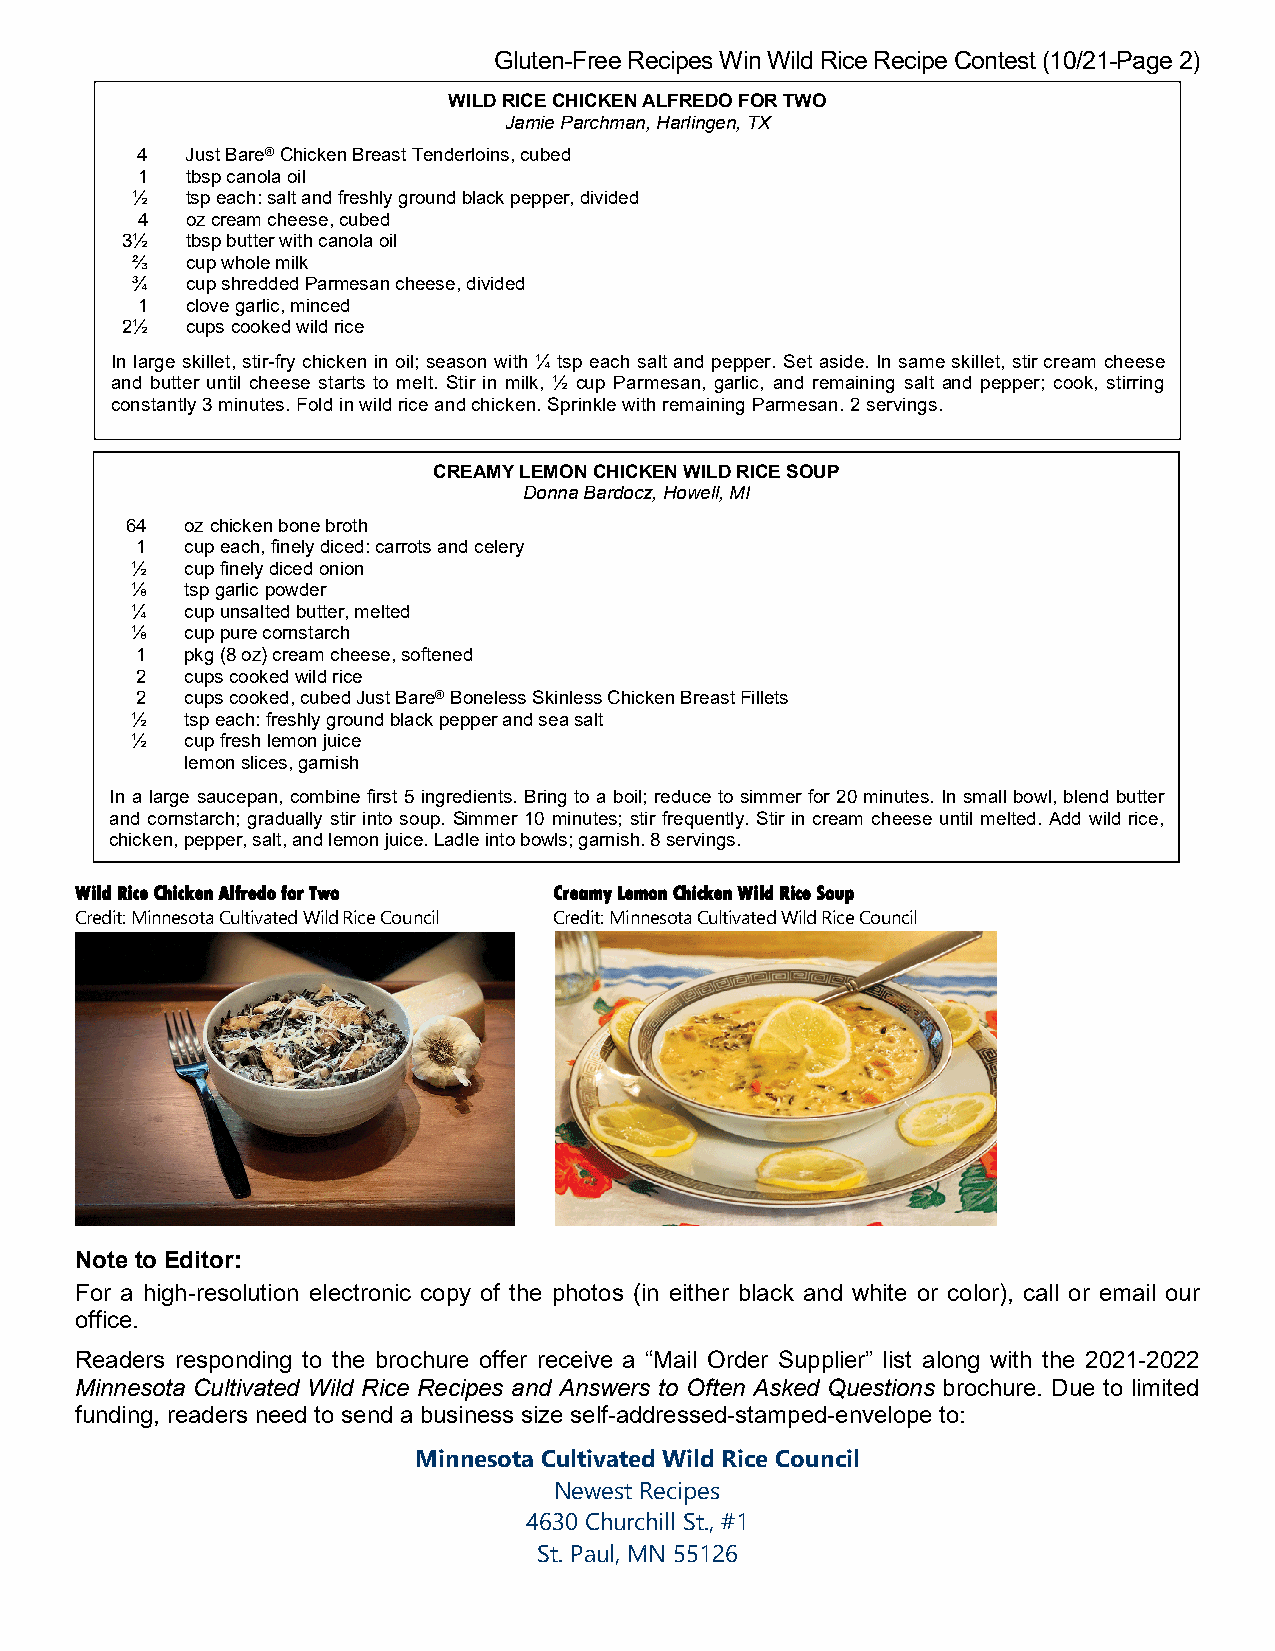
Gluten-Free Recipes Win Wild Rice Recipe Contest (10/21-Page 2)
 WILD RICE CHICKEN ALFREDO FOR TWO
 Jamie Parchman, Harlingen, TX
 4  Just Bare® Chicken Breast Tenderloins, cubed
 1  tbsp canola oil
 ½  tsp each: salt and freshly ground black pepper, divided
 4  oz cream cheese, cubed
 3½  tbsp butter with canola oil
 ⅔  cup whole milk
 ¾  cup shredded Parmesan cheese, divided
 1  clove garlic, minced
 2½  cups cooked wild rice
 In large skillet, stir-fry chicken in oil; season with ¼ tsp each salt and pepper. Set aside. In same skillet, stir cream cheese
 and butter until cheese starts to melt. Stir in milk, ½ cup Parmesan, garlic, and remaining salt and pepper; cook, stirring
 constantly 3 minutes. Fold in wild rice and chicken. Sprinkle with remaining Parmesan. 2 servings.
 CREAMY LEMON CHICKEN WILD RICE SOUP
 Donna Bardocz, Howell, MI
 64  oz chicken bone broth
 1  cup each, finely diced: carrots and celery
 ½  cup finely diced onion
 ⅛  tsp garlic powder
 ¼  cup unsalted butter, melted
 ⅛  cup pure cornstarch
 1  pkg (8 oz) cream cheese, softened
 2  cups cooked wild rice
 2  cups cooked, cubed Just Bare® Boneless Skinless Chicken Breast Fillets
 ½  tsp each: freshly ground black pepper and sea salt
 ½  cup fresh lemon juice
 lemon slices, garnish
 In a large saucepan, combine first 5 ingredients. Bring to a boil; reduce to simmer for 20 minutes. In small bowl, blend butter
 and cornstarch; gradually stir into soup. Simmer 10 minutes; stir frequently. Stir in cream cheese until melted. Add wild rice,
 chicken, pepper, salt, and lemon juice. Ladle into bowls; garnish. 8 servings.
 Wild Rice Chicken Alfredo for Two Creamy Lemon Chicken Wild Rice Soup
 Credit: Minnesota Cultivated Wild Rice Council Credit: Minnesota Cultivated Wild Rice Council
 Note to Editor:
 For a high-resolution electronic copy of the photos (in either black and white or color), call or email our
 office.
 Readers responding to the brochure offer receive a “Mail Order Supplier” list along with the 2021-2022
 Minnesota Cultivated Wild Rice Recipes and Answers to Often Asked Questions brochure. Due to limited
 funding, readers need to send a business size self-addressed-stamped-envelope to:
 Minnesota Cultivated Wild Rice Council
 Newest Recipes
 4630 Churchill St., #1
 St. Paul, MN 55126